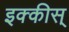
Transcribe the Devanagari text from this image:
इक्कीस्